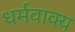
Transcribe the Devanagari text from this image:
धर्मवाक्य